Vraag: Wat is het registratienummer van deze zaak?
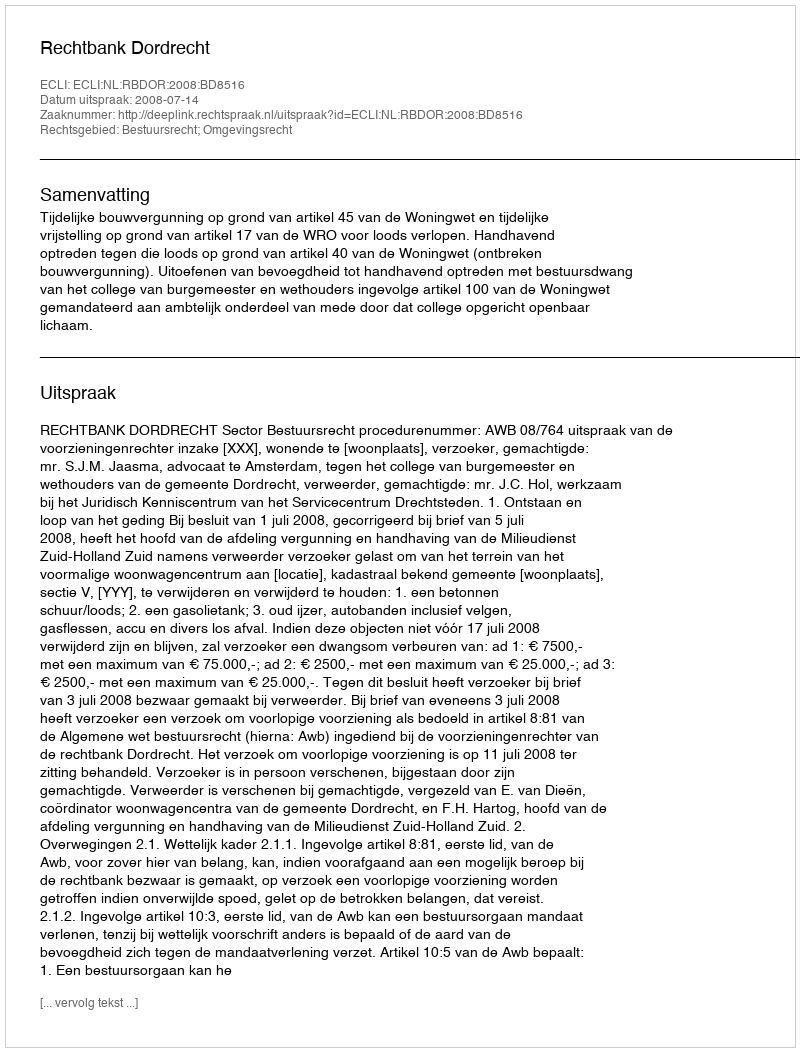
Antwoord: http://deeplink.rechtspraak.nl/uitspraak?id=ECLI:NL:RBDOR:2008:BD8516